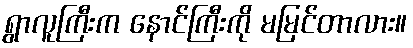
ရွာလူကြီးက နောင်ကြီးကို မမြင်တာလား။